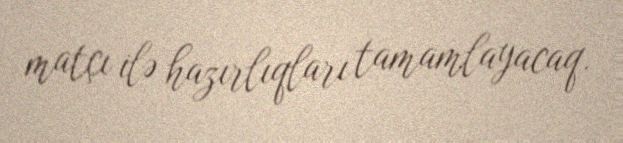
matçı ilə hazırlıqları tamamlayacaq.